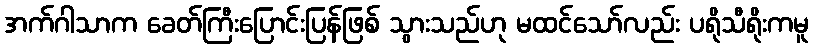
အက်ဂါသာက ခေတ်ကြီးပြောင်းပြန်ဖြစ် သွားသည်ဟု မထင်သော်လည်း ပရိုသီရိုးကမူ